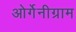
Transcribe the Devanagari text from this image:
ओर्गेनीग्राम